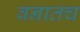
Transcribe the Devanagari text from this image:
वनातच